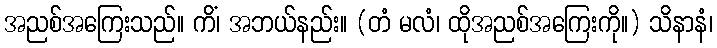
အညစ်အကြေးသည်။ ကိံ၊ အဘယ်နည်း။ (တံ မလံ၊ ထိုအညစ်အကြေးကို။) သိနာနံ၊